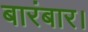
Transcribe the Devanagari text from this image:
बारंबार।